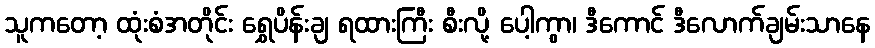
သူကတော့ ထုံးစံအတိုင်း ရွှေပိန်းချ ရထားကြီး စီးလို့ ပေါ့ကွာ၊ ဒီကောင် ဒီလောက်ချမ်းသာနေ